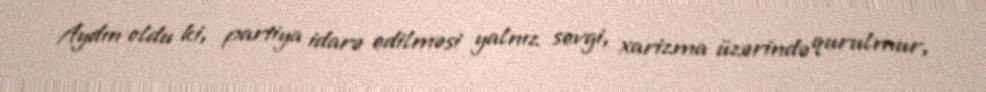
Aydın oldu ki, partiya idarə edilməsi yalnız sevgi, xarizma üzərində qurulmur,